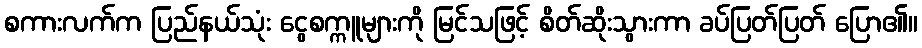
စကားလက်က ပြည်နယ်သုံး ငွေစက္ကူများကို မြင်သဖြင့် စိတ်ဆိုးသွားကာ ခပ်ပြတ်ပြတ် ပြော၏။